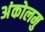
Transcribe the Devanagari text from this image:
अंकोलमु